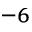
^ { - 6 }